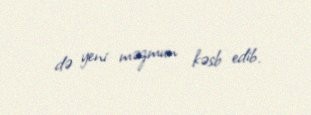
də yeni məzmun kəsb edib.